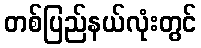
တစ်ပြည်နယ်လုံးတွင်